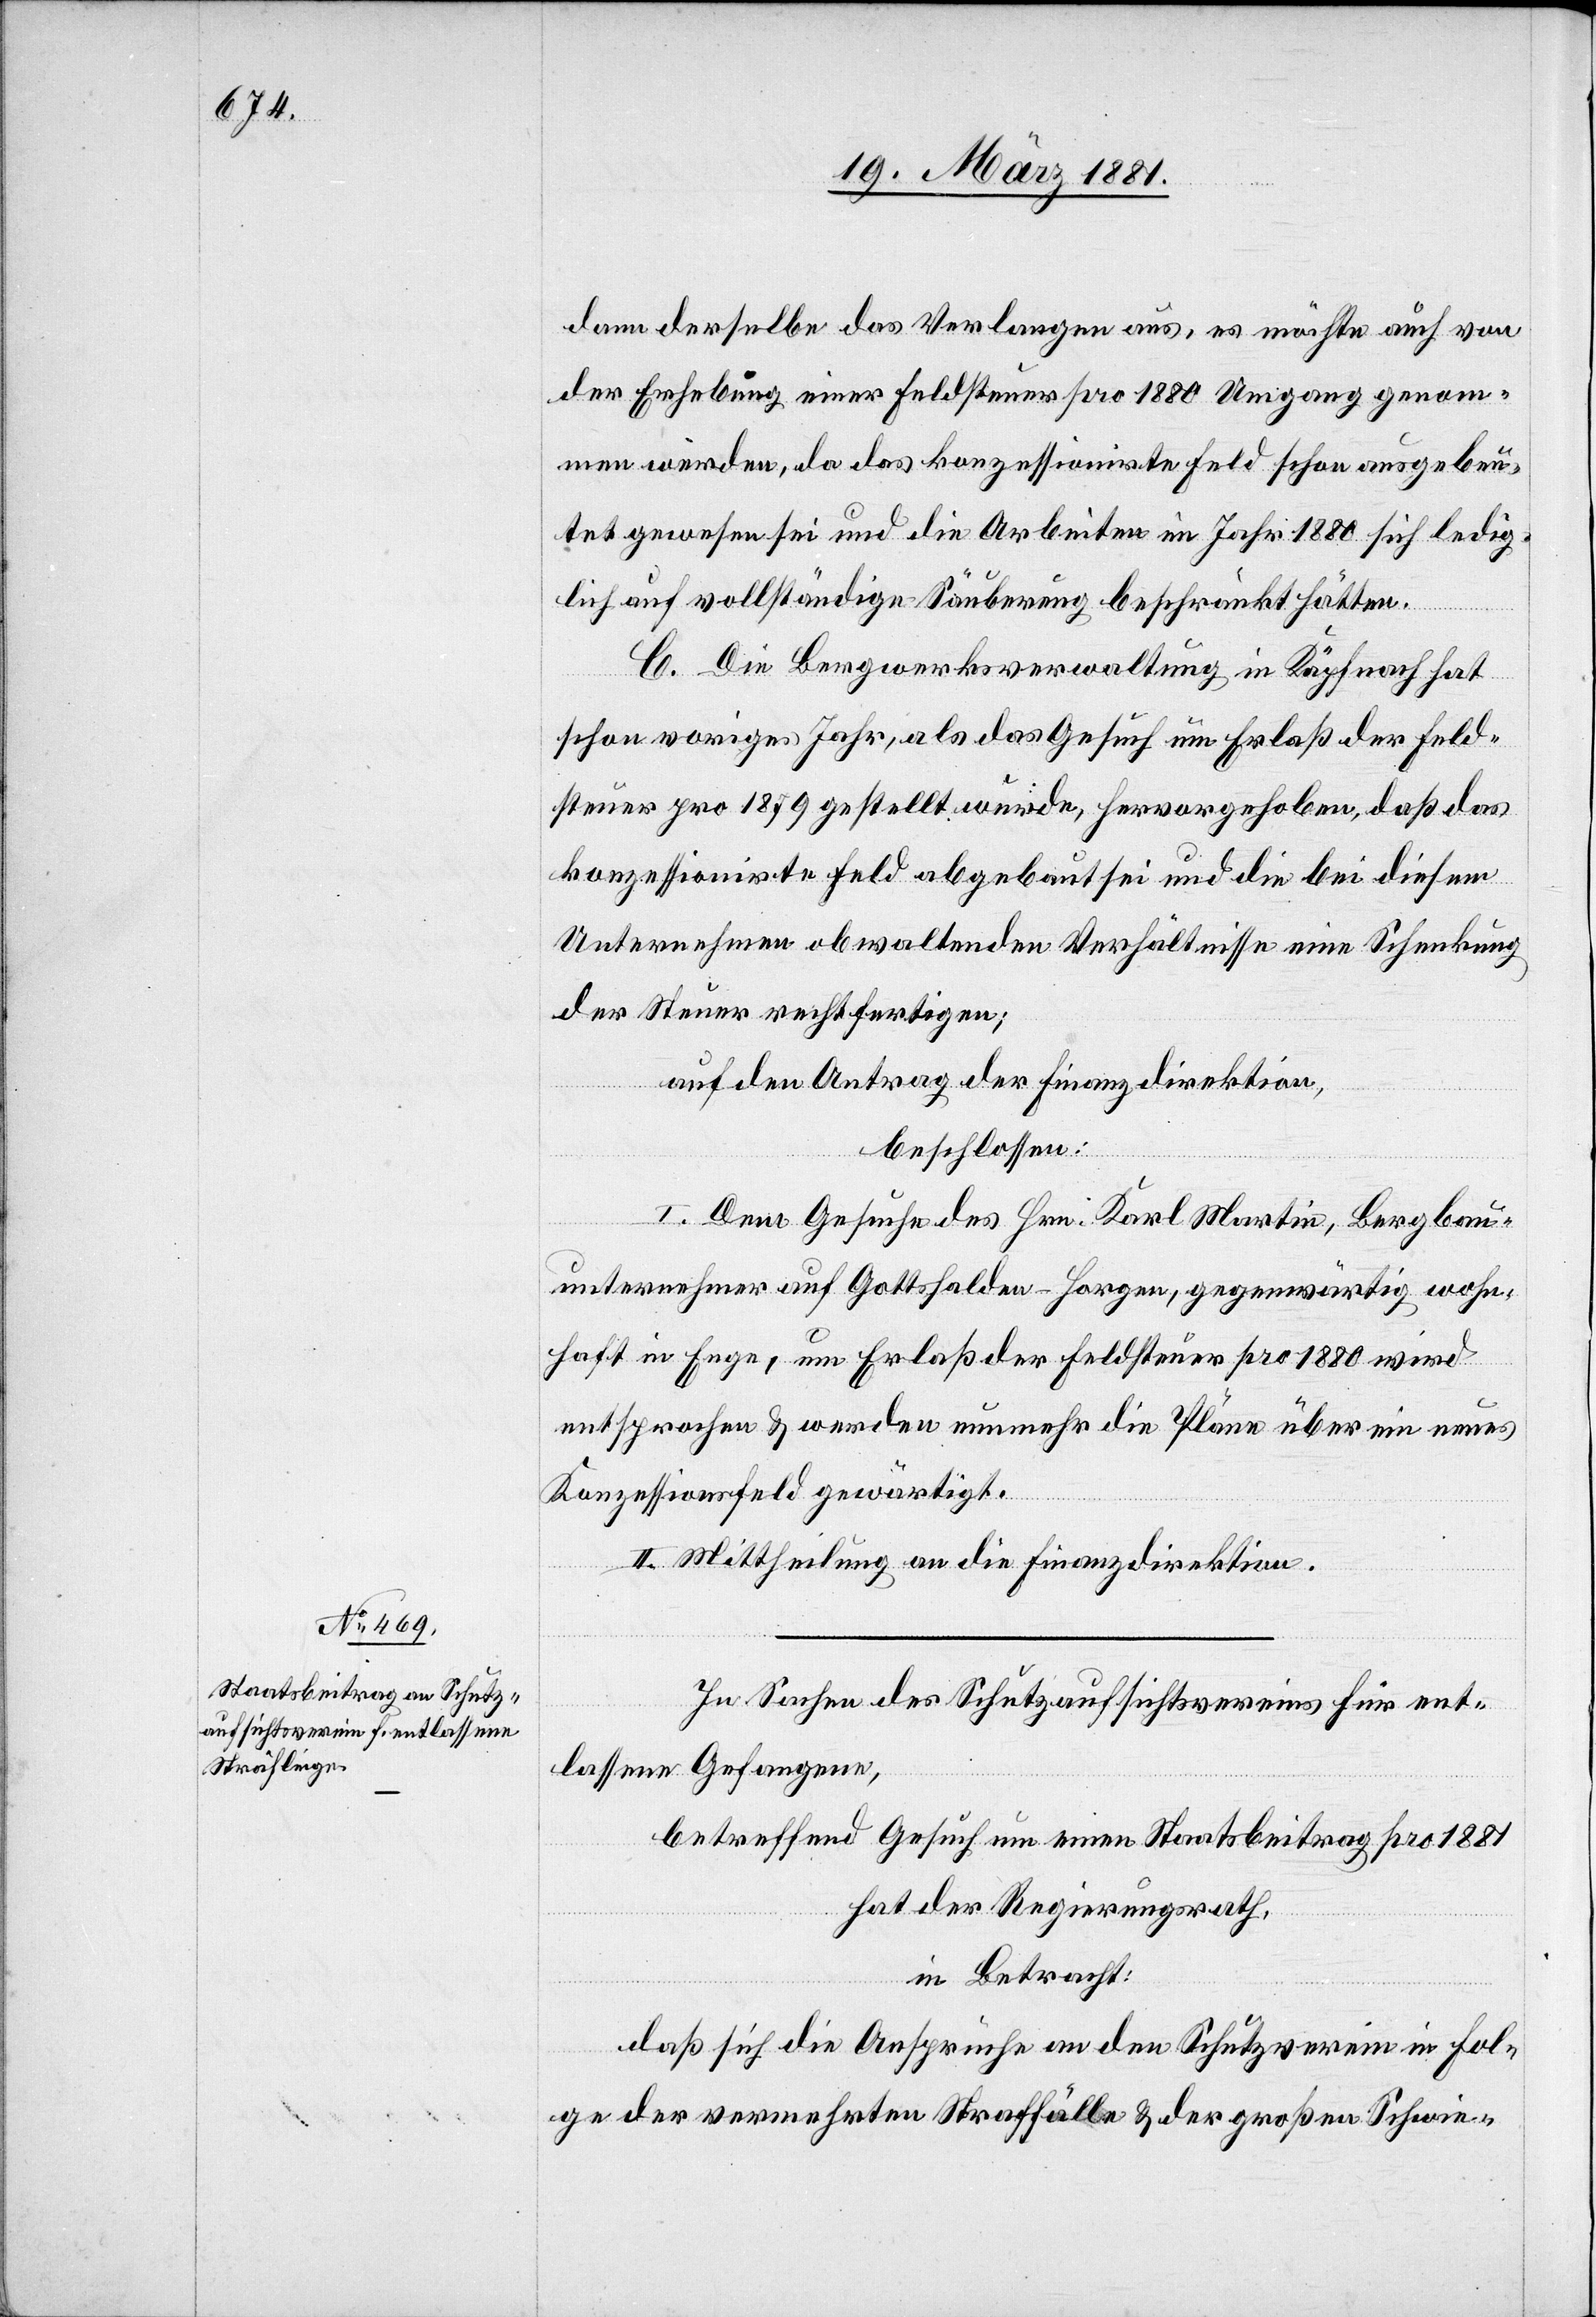
dann derselbe das Verlangen aus, es möchte auch von
der Erhebung einer Feldsteuer pro 1880 Umgang genom¬
men werden, da das konzessionirte Feld schon ausgebeu¬
tet gewesen sei und die Arbeiten im Jahr 1880 sich ledig¬
lich auf vollständige Säuberung beschränkt hätten.
C. Die Bergwerksverwaltung in Käpfnach hat
schon voriges Jahr, als das Gesuch um Erlaß der Feld¬
steuer pro 1879 gestellt wurde, hervorgehoben, daß das
konzessionirte Feld abgebaut sei und die bei diesem
Unternehmen obwaltenden Verhältnisse eine Schenkung
der Steuer rechtfertigen;
auf den Antrag der Finanzdirektion,
beschlossen:
I. Dem Gesuche des Hrn. Karl Martin, Bergbau¬
unternehmer auf Gottshalden - Horgen, gegenwärtig wohn¬
haft in Enge, um Erlaß der Feldsteuer pro 1880 wird
entsprochen & werden nunmehr die Pläne über ein neues
Konzessionsfeld gewärtigt.
II. Mittheilung an die Finanzdirektion.
In Sachen des Schutzaufsichtsvereins für ent¬
lassene Gefangene,
betreffend Gesuch um einen Staatsbeitrag pro 1881
hat der Regierungsrath,
in Betracht:
daß sich die Ansprüche an den Schutzverein in Fol¬
ge der vermehrten Straffälle & der großen Schwie-